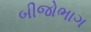
બીજોભાગ